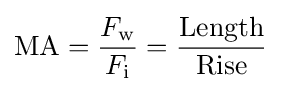
{\text{MA}}={\frac {F_{\rm {w}}}{F_{\rm {i}}}}={\frac {\text{Length}}{\text{Rise}}}